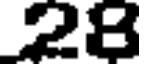
28